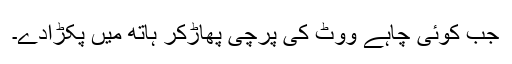
جب کوئی چاہے ووٹ کی پرچی پھاڑکر ہاتھ میں پکڑادے۔